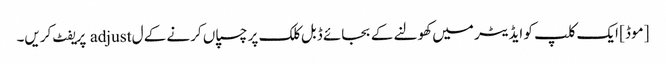
[موڈ] ایک کلپ کو ایڈیٹر میں کھولنے کے بجائے ڈبل کلک پر چسپاں کرنے کے ل adjust پریفٹ کریں۔